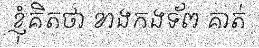
ខ្ញុំគិតថា ខាងកងទ័ព គាត់